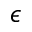
\epsilon